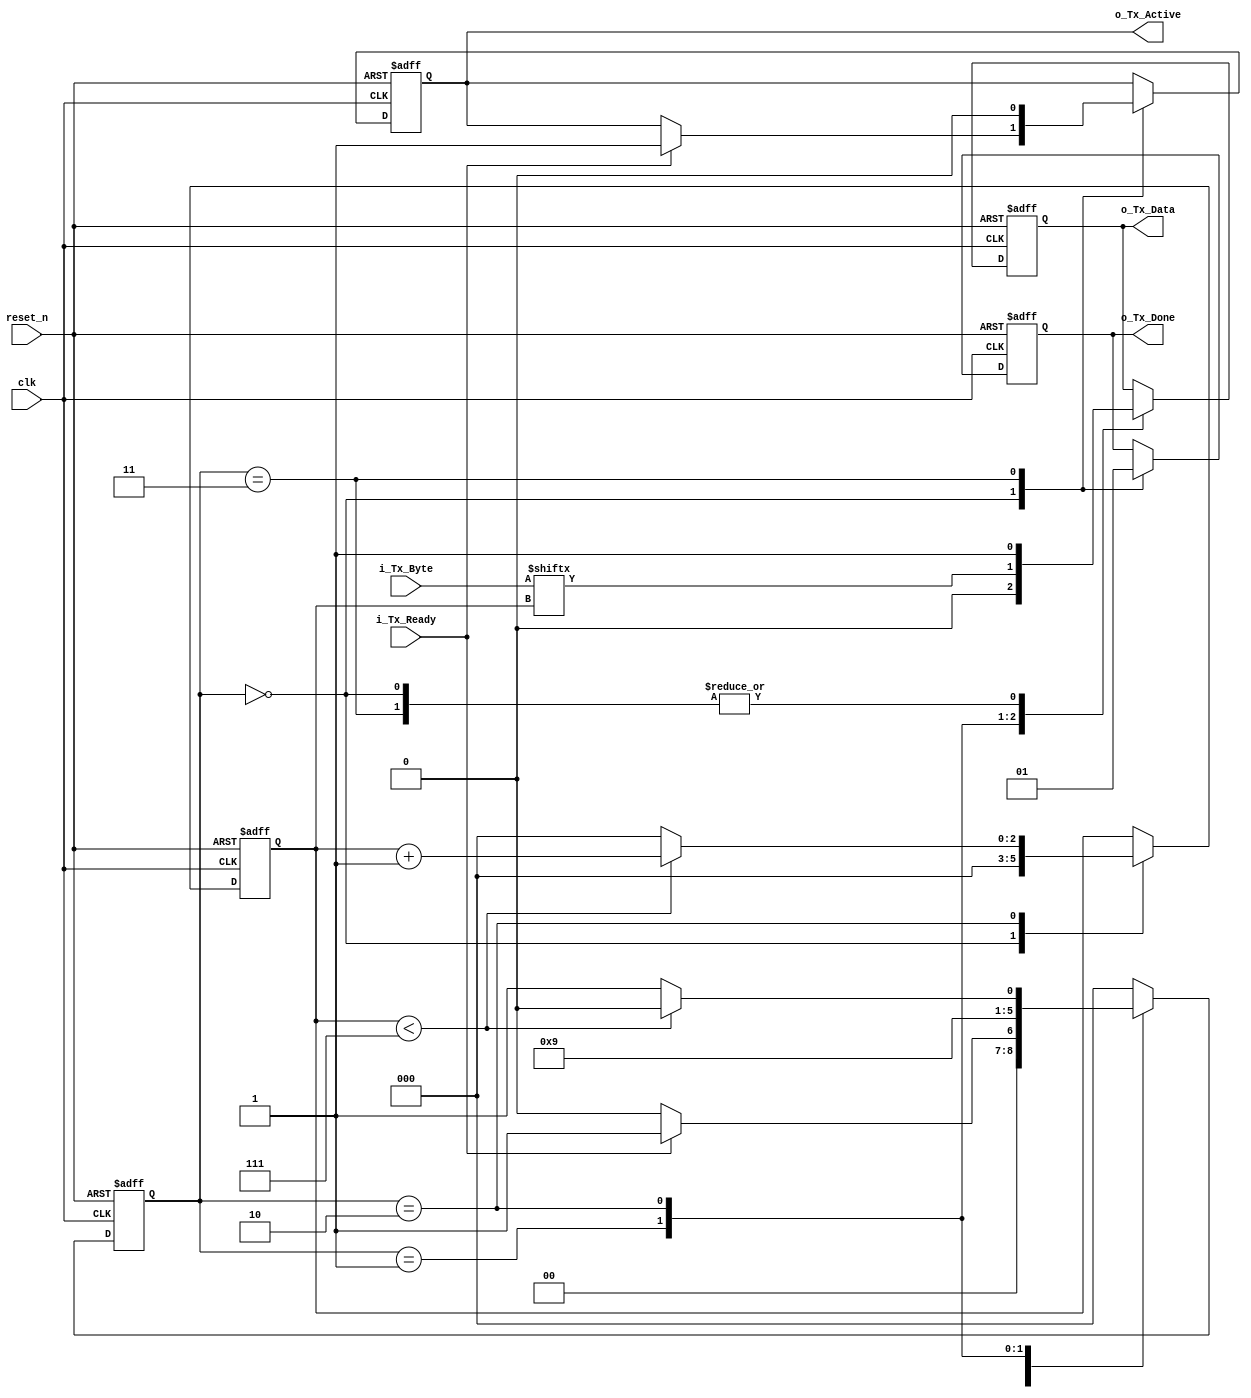
module uart_tx_controller(
  
  input              clk,
  input              reset_n,
  input [7:0]        i_Tx_Byte,
  input              i_Tx_Ready,
  output             o_Tx_Done,
  output             o_Tx_Active, // Asserted for 1 clk cycle after receiving one byte of data 
  output             o_Tx_Data
);
  
  localparam UART_TX_IDLE = 3'b000,
             UART_TX_START = 3'b001,
             UART_TX_DATA =  3'b010,
             UART_TX_STOP = 3'b011;
  
  reg [2:0]          r_Bit_Index;
  reg                r_Tx_Done;
  reg                r_Tx_Data;
  reg [2:0]          r_State;
  reg                r_Tx_Active;
   
  
  //UART TX Logic Implementation 
  
  always @(posedge clk or negedge reset_n)
    begin
      if(~reset_n)
        begin
          r_State <= UART_TX_IDLE;          
          r_Bit_Index <= 0;
          r_Tx_Done <= 1'b0;
          r_Tx_Data <= 1'b1;  
          r_Tx_Active <= 1'b0;
        end
      else 
        begin
          case(r_State)
        UART_TX_IDLE: begin       
          r_Bit_Index <= 0;
          r_Tx_Done <= 1'b0;
          r_Tx_Data <= 1'b1;
          if(i_Tx_Ready == 1'b1)
            begin
              r_State <= UART_TX_START;
              r_Tx_Active <= 1'b1;
            end
          else begin
              r_State <= UART_TX_IDLE;
          end
        end
        
        UART_TX_START: begin
              r_Tx_Data <= 1'b0;
              r_State <= UART_TX_DATA;    
            end          
        
        UART_TX_DATA: begin
          r_Tx_Data <= i_Tx_Byte[r_Bit_Index];      
          if(r_Bit_Index < 7 )
              begin
                r_Bit_Index <= r_Bit_Index + 1;
                r_State <= UART_TX_DATA;
              end
            else begin
                r_Bit_Index <= 0;
                r_State <= UART_TX_STOP;
            end
          end        
          
          UART_TX_STOP: begin          
              r_State <= UART_TX_IDLE;            
              r_Tx_Done <= 1'b1;
              r_Tx_Active <= 1'b0;
              r_Tx_Data <= 1'b1;
            end           
          
          default: begin
              r_State <= UART_TX_IDLE;
          end
          endcase
     end
    end
  assign o_Tx_Done = r_Tx_Done;
  assign o_Tx_Data = r_Tx_Data;
  assign o_Tx_Active = r_Tx_Active;
 endmodule